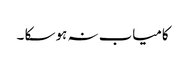
کامیاب نہ ہو سکا ۔